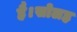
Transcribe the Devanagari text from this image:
है।सोलह